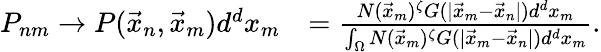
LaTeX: \begin{array}{rl}{P_{nm}\rightarrow P(\vec{x}_{n},\vec{x}_{m})d^{d}x_{m}}&{=\frac{N(\vec{x}_{m})^{\zeta}G(|\vec{x}_{m}-\vec{x}_{n}|)d^{d}x_{m}}{\int_{\Omega}N(\vec{x}_{m})^{\zeta}G(|\vec{x}_{m}-\vec{x}_{n}|)d^{d}x_{m}}.}\end{array}